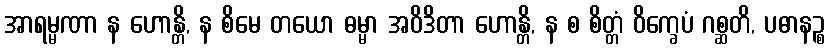
အာရမ္မဏာ န ဟောန္တိ, န စိမေ တယော ဓမ္မာ အဝိဒိတာ ဟောန္တိ, န စ စိတ္တံ ဝိက္ခေပံ ဂစ္ဆတိ, ပဓာနဉ္စ